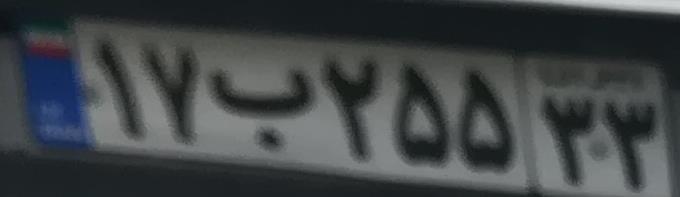
۱۷ب۲۵۵۳۳